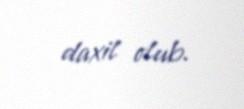
daxil olub.